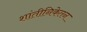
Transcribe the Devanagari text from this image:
शांतीनिकेतन